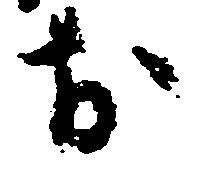
お